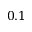
0 . 1